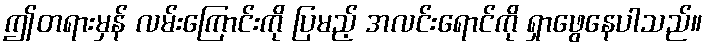
ဤတရားမှန် လမ်းကြောင်းကို ပြမည့် အလင်းရောင်ကို ရှာဖွေနေပါသည်။